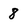
Character: 8